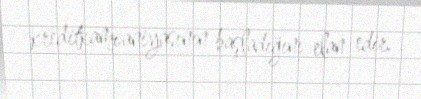
kreditkampaniyasının başladığını elan edir.